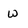
Character: W